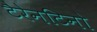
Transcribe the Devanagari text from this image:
टैरेनटिनो